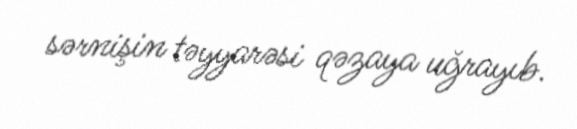
sərnişin təyyarəsi qəzaya uğrayıb.